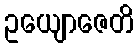
ဥယျောဇေတိ